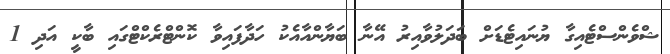
ޝްވެންސްޓެއިގާ ޔުނައިޓެޑަށް ބަދަލުވާއިރު އޭނާ ބަޔާންއާއެކު ހަދާފައިވާ ކޮންޓްރެކްޓްގައި ބާކީ އަދި 1